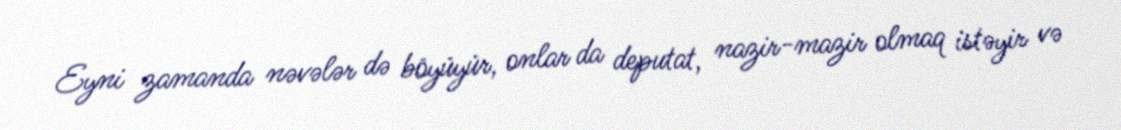
Eyni zamanda nəvələr də böyüyür, onlar da deputat, nazir-mazir olmaq istəyir və